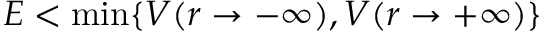
E < \min \{ V ( r \to - \infty ) , V ( r \to + \infty ) \}